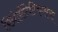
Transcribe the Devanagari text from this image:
रिप्रेझेंटेटिव्ह्सचा